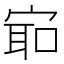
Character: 𫳛